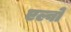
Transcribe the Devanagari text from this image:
एल्वो